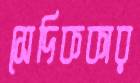
সেদিককার